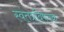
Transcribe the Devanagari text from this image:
स्वंतत्रविषयक